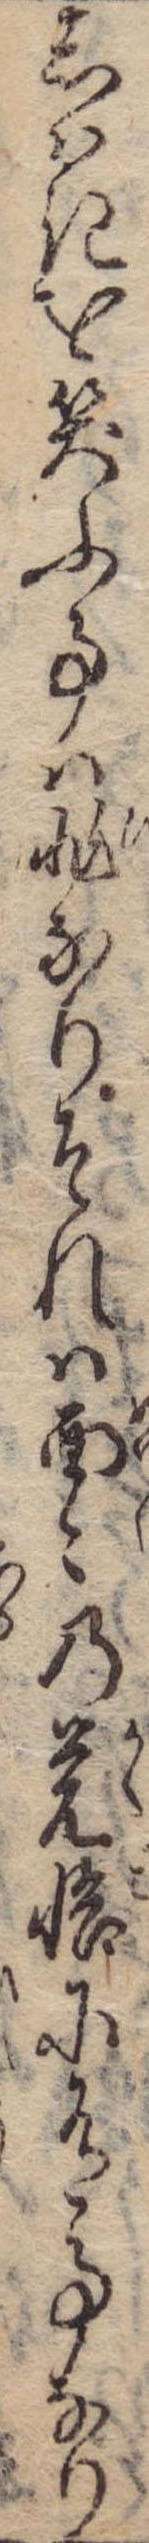
しはきを笑ふ事は非なりそれは面々の覚悟に有事なり